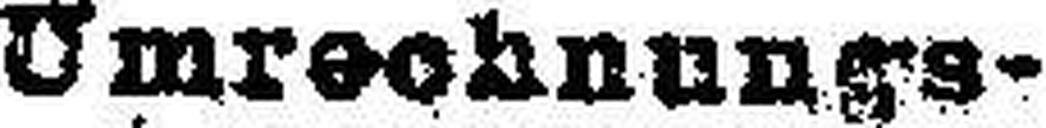
Umrechnungs¬